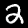
Digit: 2